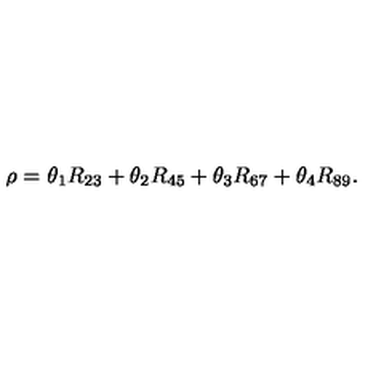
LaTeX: \rho = \theta _ { 1 } R _ { 2 3 } + \theta _ { 2 } R _ { 4 5 } + \theta _ { 3 } R _ { 6 7 } + \theta _ { 4 } R _ { 8 9 } .